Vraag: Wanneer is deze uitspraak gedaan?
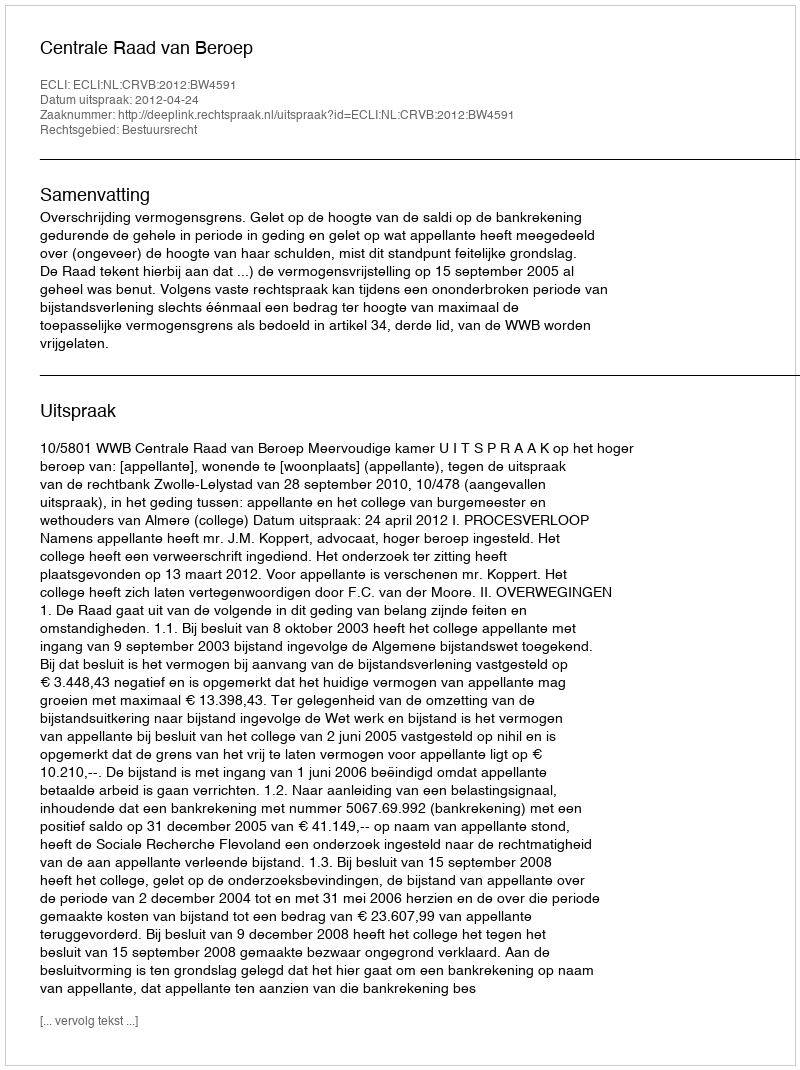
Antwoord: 2012-04-24